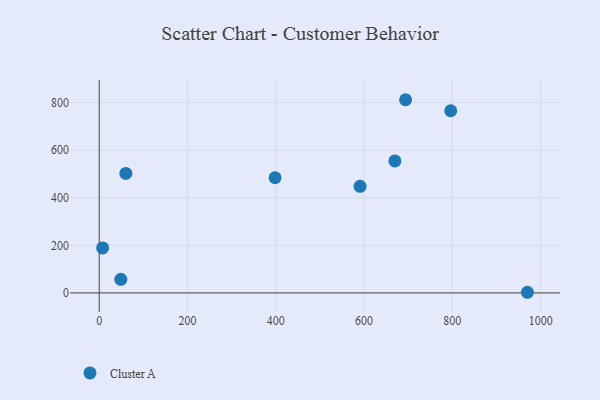
{"axis": {"x": "Study Hours", "y": "Fuel Efficiency"}, "legend": ["Cluster A"], "data": [{"x": "796.3", "y": 765.8, "type": "Cluster A"}, {"x": "60.3", "y": 502.3, "type": "Cluster A"}, {"x": "590.9", "y": 448.0, "type": "Cluster A"}, {"x": "694.0", "y": 812.1, "type": "Cluster A"}, {"x": "969.9", "y": 2.7, "type": "Cluster A"}, {"x": "7.7", "y": 189.1, "type": "Cluster A"}, {"x": "669.8", "y": 554.8, "type": "Cluster A"}, {"x": "48.9", "y": 57.2, "type": "Cluster A"}, {"x": "398.3", "y": 484.2, "type": "Cluster A"}]}